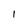
Character: 1